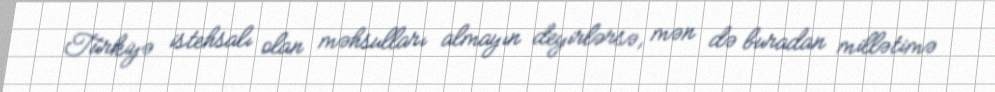
Türkiyə istehsalı olan məhsulları almayın deyirlərsə, mən də buradan millətimə